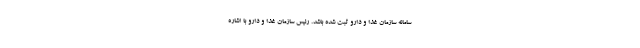
سامانه سازمان غذا و دارو ثبت شده باشد. رئیس سازمان غذا و دارو با اشاره